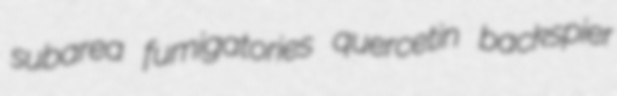
subarea fumigatories quercetin backspier